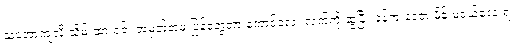
သဘောကျလို့ သိမ်းထားရင်း အမှတ်တမဲ့ ပြန်တွေ့တာ ကောင်လေး လက်ကို ဆွဲပြီး ခုန်ကူးနေတဲ့ မိန်းမငယ်လေးရဲ့